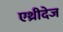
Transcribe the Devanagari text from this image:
एथ्रीदेज